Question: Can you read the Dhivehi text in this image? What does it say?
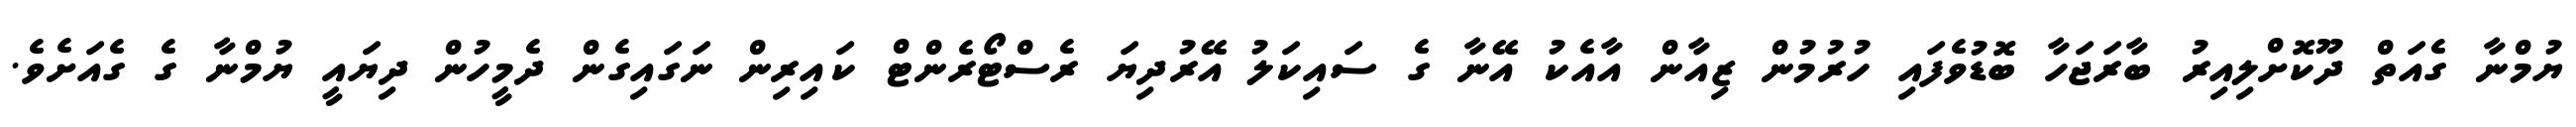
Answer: ޔުމްނާ ގެއަތް ދޫކޮށްލިއިރު ބާރަޖަހާ ބޮޑުވެފައި ހުރުމުން ޒިއާން އާއެކު އޭނާ ގެ ސައިކަލު އޭރުދިޔަ ރެސްޓޯރެންޓް ކައިރިން ނަގައިގެން ދެމީހުން ދިޔައީ ޔުމްނާ ގެ ގެއަށެވެ.